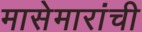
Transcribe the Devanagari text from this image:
मासेमारांची